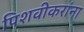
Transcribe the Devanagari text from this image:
पिशवीकरांना